Indian journal of veterinary science and animal husbandry - Volume 14,
Year: 1944
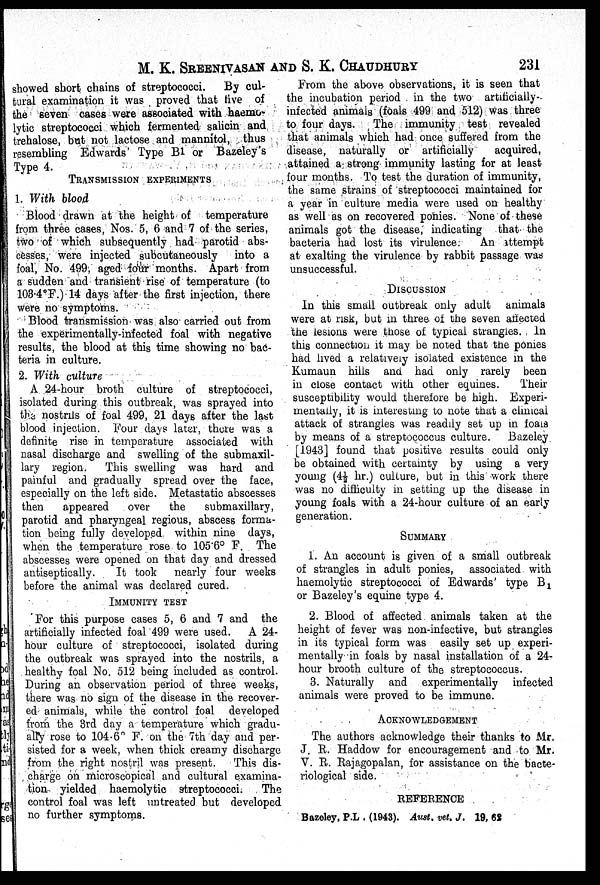
M. K. SREENIVASAN AND S. K.
CHAUDHURY
231
showed short chains of streptococci.
By cul-
tural examination it was proved that five of
the seven cases were associated with haemo-
lytic streptococci which fermented salicin and
trehalose, but not lactose and mannitol, thus
resembling Edwards' Type B1 or Bazeley's
Type 4.
TRANSMISSION EXPERIMENTS
1. With blood
Blood drawn at the height of temperature
from three cases, Nos. 5, 6 and 7 of the series,
two of which subsequently had parotid abs-
cesses, were injected subcutaneously
into a
foal, No. 499, aged four months. Apart from
a sudden and transient rise of temperature (to
103.4°F.) 14 days after the first injection, there
were no symptoms.
Blood transmission was also carried out from
the experimentally-infected foal with negative
results, the blood at this time showing no bac-
teria in culture.
2. With culture
A 24-hour broth culture of streptococci,
isolated during this outbreak, was sprayed into
the nostrils of foal 499, 21 days after the last
blood injection. Four days later, there was a
definite rise in temperature associated with
nasal discharge and swelling of the submaxil-
lary region.
This swelling was hard and
painful and gradually spread over the face,
especially on the left side. Metastatic abscesses
then
appeared
over
the
submaxillary,
parotid and pharyngeal regious, abscess forma-
tion being fully developed within nine days,
when the temperature rose to 105.6° F. The
abscesses were opened on that day and dressed
antiseptically.
It took
nearly four weeks
before the animal was declared cured.
IMMUNITY TEST
For this purpose cases 5, 6 and 7 and the
artificially infected foal 499 were used.
A 24-
hour culture of streptococci, isolated during
the outbreak was sprayed into the nostrils, a
healthy foal No. 512 being included as control.
During an observation period of three weeks,
there was no sign of the disease in the recover-
ed animals, while the control foal developed
from the 3rd day a temperature which gradu-
ally rose to 104.6° F. on the 7th day and per-
sisted for a week, when thick creamy discharge
from the right nostril was present.
This dis-
charge on microscopical and cultural examina-
tion yielded haemolytic streptococci. The
control foal was left untreated but developed
no further symptoms.
From the above observations, it is seen that
the incubation period in the two artificially -
infected animals (foals 499 and 512) was three
to four days.
The immunity test revealed
that animals which had once suffered from the
disease, naturally or artificially
acquired,
attained a strong immunity lasting for at least
four months. To test the duration of immunity,
the same strains of streptococci maintained for
a year in culture media were used on healthy
as well as on recovered ponies. None of these
animals got the disease, indicating that the
bacteria had lost its virulence.
An attempt
at exalting the virulence by rabbit passage was
unsuccessful.
DISCUSSION
In this small outbreak only adult animals
were at risk, but in three of the seven affected
the lesions were those of typical strangles. In
this connection it may be noted that the ponies
had lived a relatively isolated existence in the
Kumaun hills and had only rarely been
in close contact with other equines.
Their
susceptibility would therefore be high. Experi-
mentally, it is interesting to note that a clinical
attack of strangles was readily set up in foais
by means of a streptococcus culture.
Bazeley
[1943] found that positive results could only
be obtained with certainty by using a very
young (4½ hr.) culture, but in this work there
was no difficulty in setting up the disease in
young foals with a 24-hour culture of an early
generation.
SUMMARY
1. An account is given of a small outbreak
of strangles in adult ponies, associated with
haemolytic streptococci of Edwards' type B 1
or Bazeley's equine type 4.
2. Blood of affected animals taken at the
height of fever was non-infective, but strangles
in its typical form was easily set up experi-
mentally in foals by nasal installation of a 24-
hour brooth culture of the streptococcus.
3. Naturally and experimentally infected
animals were proved to be immune.
ACKNOWLEDGEMENT
The authors acknowledge their thanks to Mr.
J. R. Haddow for encouragement and to Mr.
V. R. Rajagopalan, for assistance on the bacte-
riological side.
REFERENCE
Bazeley, P.L . (1943). Aust. vet. J. 19, 62